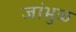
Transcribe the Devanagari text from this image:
जांभुळ